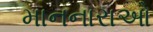
માનનારાઓ